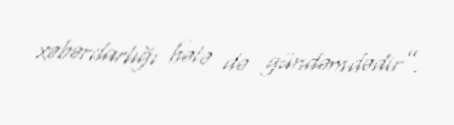
xəbərdarlığı hələ də gündəmdədir”.